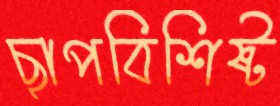
ছাপবিশিষ্ট